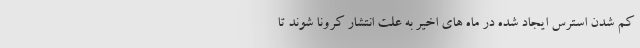
کم شدن استرس ایجاد شده در ماه های اخیر به علت انتشار کرونا شوند تا